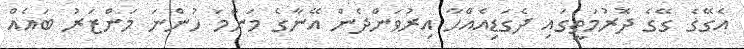
އެގޭގެ ގޭގެ ދޮރުމަތީގައި ދެގަޑިއެއްހާ އިރުވަންދެން އޭނާގެ މަންމަ ހުންނަ މަންޒަރު ބައެއް